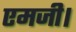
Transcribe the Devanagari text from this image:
एमजी।